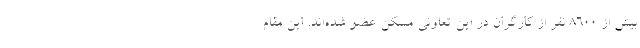
بیش از ۸۶۰۰ نفر از کارگران در این تعاونی مسکن عضو شده‌اند. این مقام